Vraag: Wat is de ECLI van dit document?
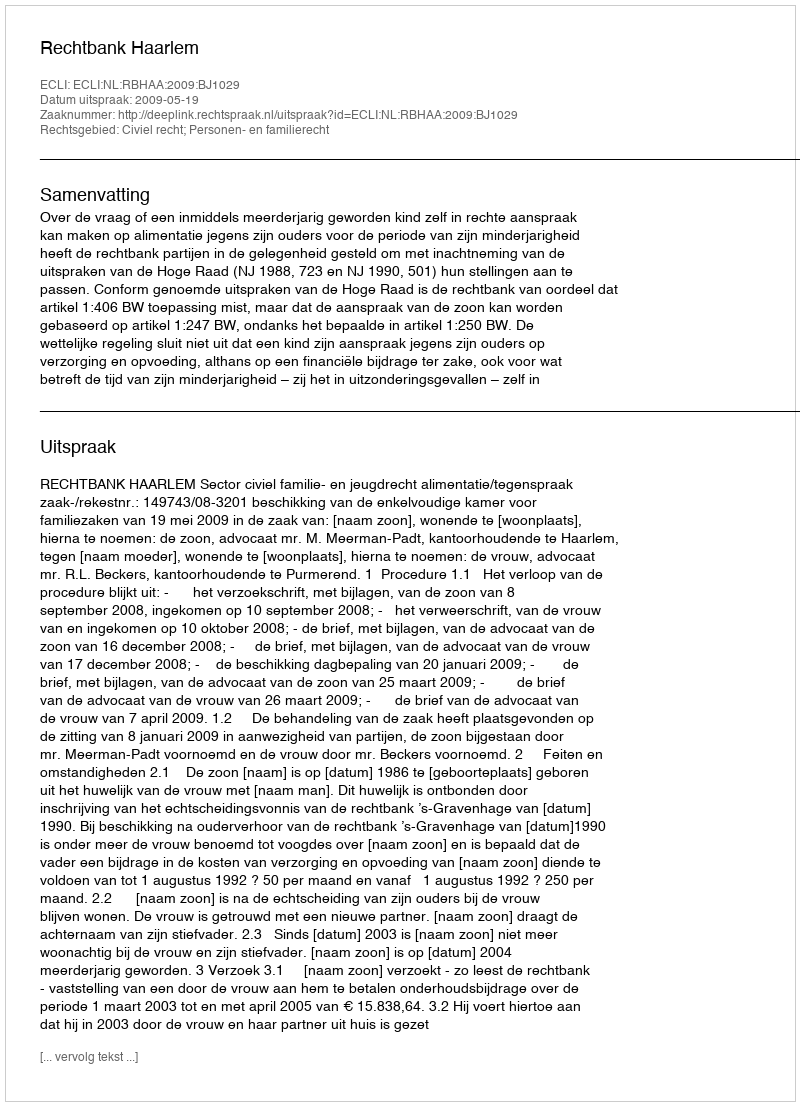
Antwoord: ECLI:NL:RBHAA:2009:BJ1029